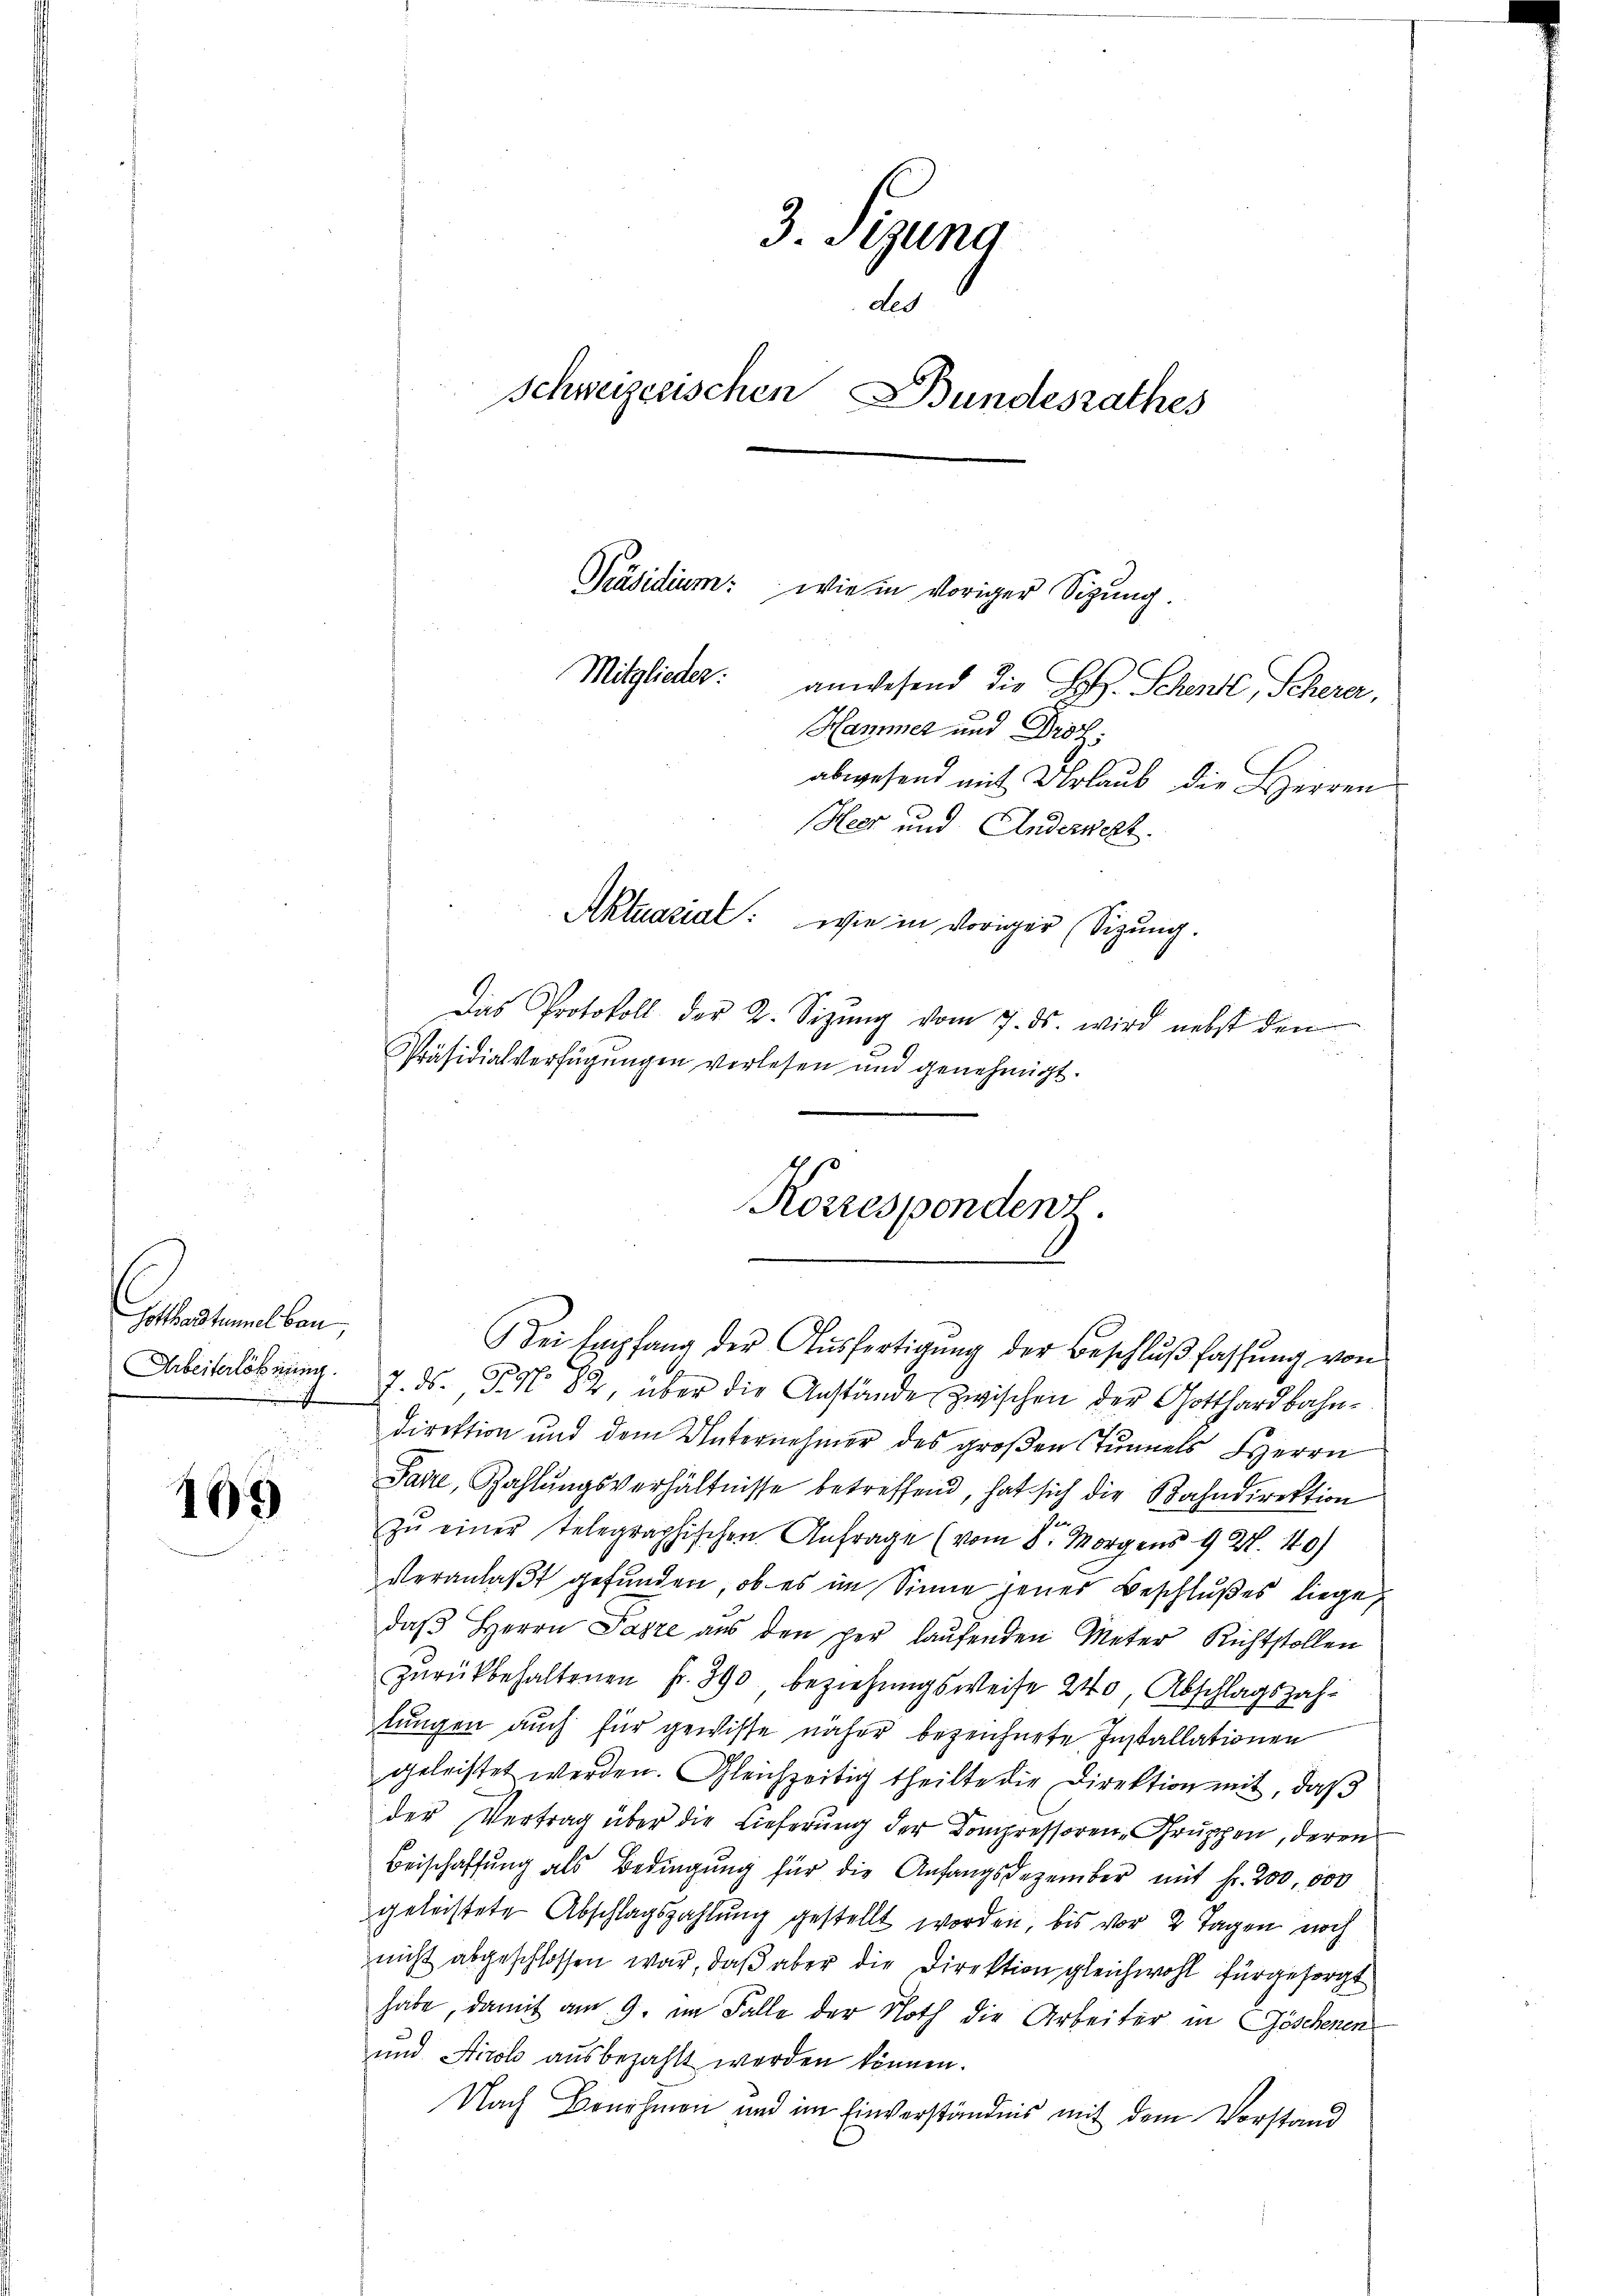
Gotthardtunnel bau
Arbeiterlöbnung.

109

3. digung
ded
schweizerischen Bundesrathes
Präsidium: wie in voriger Sigung.
Mitglieder.
anwesend die Satz. Schenkt, Scherer,
Hammer und Prof.
abwesend mit Urlaub die Herren
Heer und Anderwert.
Aktuarial wie in voriger Sizung.

Das Protokoll der 2. Sizŭng vom 7. ds. wird nebst den
2
Präsidialverfügŭngen verlesen und genehmigt.
Korresponden z.

Sei Empfang der Aŭsfertigŭng der Beschlŭβ fassŭng von
7. ds. P. No 82, über die Anstände zwischen der Gotthardbahndirektion und dem Unternehmer des großen Tunnels Herrn
Jake, Zahlungsverhältnisse betreffend, hat sich die Bahndirektion
zŭ einer telegraphischen Anfrage (vom 8. Morgens 92. 40
veranlaßt gefunden, ob es im Sinne jenes Beschlußes liege,
daβ Herrn Pazze aus den per laŭfenden Meter Richtstollen
zŭrückbehaltenen fr. 390 beziehungsweise 240, Abschlagszahlungen auch für gewisse näher bezeichnete Installationen
geleistet werden. Gleichzeitig theilte die Direktion mit, daß
der Vertrag über die Lieferung der Kompressoren Gruppen, deren
Beischaffung als Bedingung für die Anfangsdezember mit Fr. 200,000
geleistete Abschlagszahlung gestellt worden, bis vor 2 Tagen noch
nicht abgeschlossen war, daß aber die Direktion gleichwohl für gesorgt
habe, damit am 9. im Falle der Noth die Arbeiter in Göschenen
und Airol ausbezahlt werden können.
Nach Benehmen und im Einverständnis mit dem Vorstand